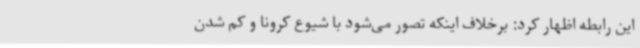
این رابطه اظهار کرد: برخلاف اینکه تصور می‌شود با شیوع کرونا و کم شدن